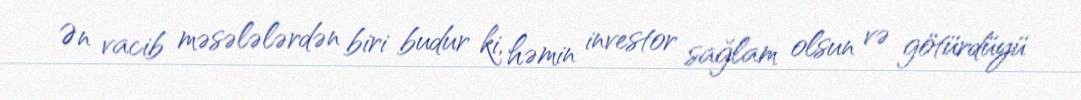
Ən vacib məsələlərdən biri budur ki, həmin investor sağlam olsun və götürdüyü